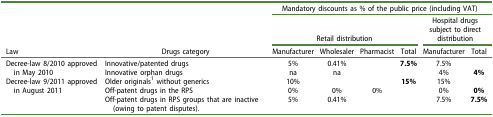
<table><thead><tr><td>[EMPTY_CELL]</td><td>[EMPTY_CELL]</td><td colspan="6"><b>Mandatory discounts as % of the public price (including VAT)</b></td></tr><tr><td>[EMPTY_CELL]</td><td>[EMPTY_CELL]</td><td colspan="4"><b>Retail distribution</b></td><td colspan="2"><b>Hospital drugs subject to direct distribution</b></td></tr><tr><td><b>Law</b></td><td><b>Drugs category</b></td><td><b>Manufacturer</b></td><td><b>Wholesaler</b></td><td><b>Pharmacist</b></td><td><b>Total</b></td><td><b>Manufacturer</b></td><td><b>Total</b></td></tr></thead><tbody><tr><td rowspan="2">Decree-law 8/2010 approved in May 2010</td><td>Innovative/patented drugs</td><td>5%</td><td>0.41%</td><td>[EMPTY_CELL]</td><td><b>7.5%</b></td><td>7.5%</td><td>[EMPTY_CELL]</td></tr><tr><td>Innovative orphan drugs</td><td>na</td><td>na</td><td>[EMPTY_CELL]</td><td>[EMPTY_CELL]</td><td>4%</td><td><b>4%</b></td></tr><tr><td rowspan="3">Decree-law 9/2011 approved in August 2011</td><td>Older originals<sup>1</sup> without generics</td><td>10%</td><td>[EMPTY_CELL]</td><td>[EMPTY_CELL]</td><td><b>15%</b></td><td>15%</td><td>[EMPTY_CELL]</td></tr><tr><td>Off-patent drugs in the RPS</td><td>0%</td><td>0%</td><td>0%</td><td>[EMPTY_CELL]</td><td>0%</td><td><b>0%</b></td></tr><tr><td>Off-patent drugs in RPS groups that are inactive (owing to patent disputes).</td><td>5%</td><td>0.41%</td><td>[EMPTY_CELL]</td><td>[EMPTY_CELL]</td><td>7.5%</td><td><b>7.5%</b></td></tr></tbody></table>